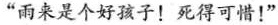
“雨来是个好孩子！死得可惜！”